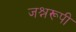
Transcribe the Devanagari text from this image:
जश्नरूपी